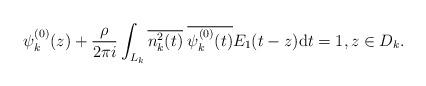
LaTeX: \begin{align*}\psi^{(0)}_k(z) + \frac{\rho}{2\pi i} \int_{L_k} \overline{n_k^2(t)}\;\overline{\psi^{(0)}_k(t)}E_1(t-z) \textrm{d}t =1, z \in D_k. \end{align*}